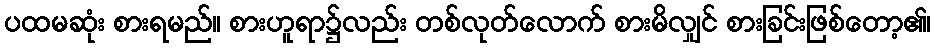
ပထမဆုံး စားရမည်။ စားဟူရာ၌လည်း တစ်လုတ်လောက် စားမိလျှင် စားခြင်းဖြစ်တော့၏၊